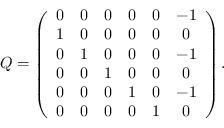
Q = \left( \begin{array} { c c c c c c c c r } { { 0 } } & { { 0 } } & { { 0 } } & { { 0 } } & { { 0 } } & { { - 1 } } \\ { { 1 } } & { { 0 } } & { { 0 } } & { { 0 } } & { { 0 } } & { { 0 } } \\ { { 0 } } & { { 1 } } & { { 0 } } & { { 0 } } & { { 0 } } & { { - 1 } } \\ { { 0 } } & { { 0 } } & { { 1 } } & { { 0 } } & { { 0 } } & { { 0 } } \\ { { 0 } } & { { 0 } } & { { 0 } } & { { 1 } } & { { 0 } } & { { - 1 } } \\ { { 0 } } & { { 0 } } & { { 0 } } & { { 0 } } & { { 1 } } & { { 0 } } \end{array} \right) .